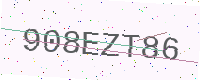
Text: 908EZT86